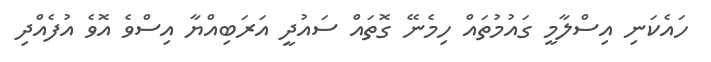
ހައެކަނި އިސްލާމީ ގައުމުތައް ހިމެނޭ ގޮތައް ސައުދީ އަރަބިއްޔާ އިސްވެ އޮވެ އުފެއްދި